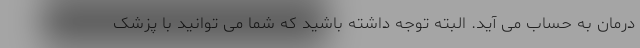
درمان به حساب می آید. البته توجه داشته باشید که شما می توانید با پزشک